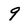
Character: 9